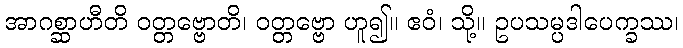
အာဂစ္ဆာဟီတိ ဝတ္တဗ္ဗောတိ၊ ဝတ္တဗ္ဗော ဟူ၍။ ဧဝံ၊ သို့။ ဥပသမ္ပဒါပေက္ခဿ၊